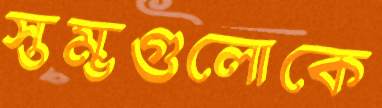
স্তম্ভগুলোকে